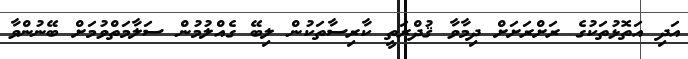
އަދި އަތޮޅުތަކުގެ ރަށްރަށަށް ދިމާވާ ޤުދްރަތީ ކާރިސާތަކުން ލިބޭ ގެއްލުމުން ސަލާމަތްވުމަށް ބޭނުންވާ